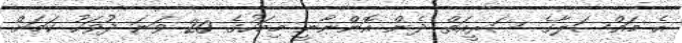
އެ މައްސަލާގެ ސަރީއަތް ދެން އޮންނާނީ މިމަހުގެ 20 ވަނަ ދުވަހު ކަމަށް